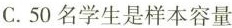
C.50名学生是样本容量